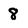
Character: 8